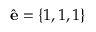
\hat { \mathbf { e } } = \left\{ 1 , 1 , 1 \right\}